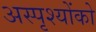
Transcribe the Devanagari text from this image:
अस्पृश्योंको